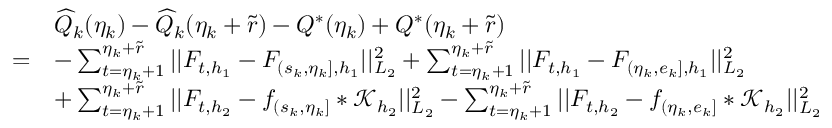
\begin{array} { r l } & { \widehat { Q } _ { k } ( \eta _ { k } ) - \widehat { Q } _ { k } ( \eta _ { k } + \widetilde { r } ) - Q ^ { * } ( \eta _ { k } ) + Q ^ { * } ( \eta _ { k } + \widetilde { r } ) } \\ { = } & { - \sum _ { t = \eta _ { k } + 1 } ^ { \eta _ { k } + \widetilde { r } } \vert \vert F _ { t , { h _ { 1 } } } - F _ { ( s _ { k } , \eta _ { k } ] , { h _ { 1 } } } \vert \vert _ { L _ { 2 } } ^ { 2 } + \sum _ { t = \eta _ { k } + 1 } ^ { \eta _ { k } + \widetilde { r } } \vert \vert F _ { t , { h _ { 1 } } } - F _ { ( \eta _ { k } , e _ { k } ] , { h _ { 1 } } } \vert \vert _ { L _ { 2 } } ^ { 2 } } \\ & { + \sum _ { t = \eta _ { k } + 1 } ^ { \eta _ { k } + \widetilde { r } } \vert \vert F _ { t , { h _ { 2 } } } - f _ { ( s _ { k } , \eta _ { k } ] } \ast \mathcal { K } _ { { h _ { 2 } } } \vert \vert _ { L _ { 2 } } ^ { 2 } - \sum _ { t = \eta _ { k } + 1 } ^ { \eta _ { k } + \widetilde { r } } \vert \vert F _ { t , { h _ { 2 } } } - f _ { ( \eta _ { k } , e _ { k } ] } \ast \mathcal { K } _ { h _ { 2 } } \vert \vert _ { L _ { 2 } } ^ { 2 } } \end{array}